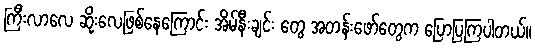
ကြီးလာလေ ဆိုးလေဖြစ်နေကြောင်း အိမ်နီးချင်း တွေ အတန်းဖော်တွေက ပြောပြကြပါတယ်။